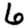
Digit: 6